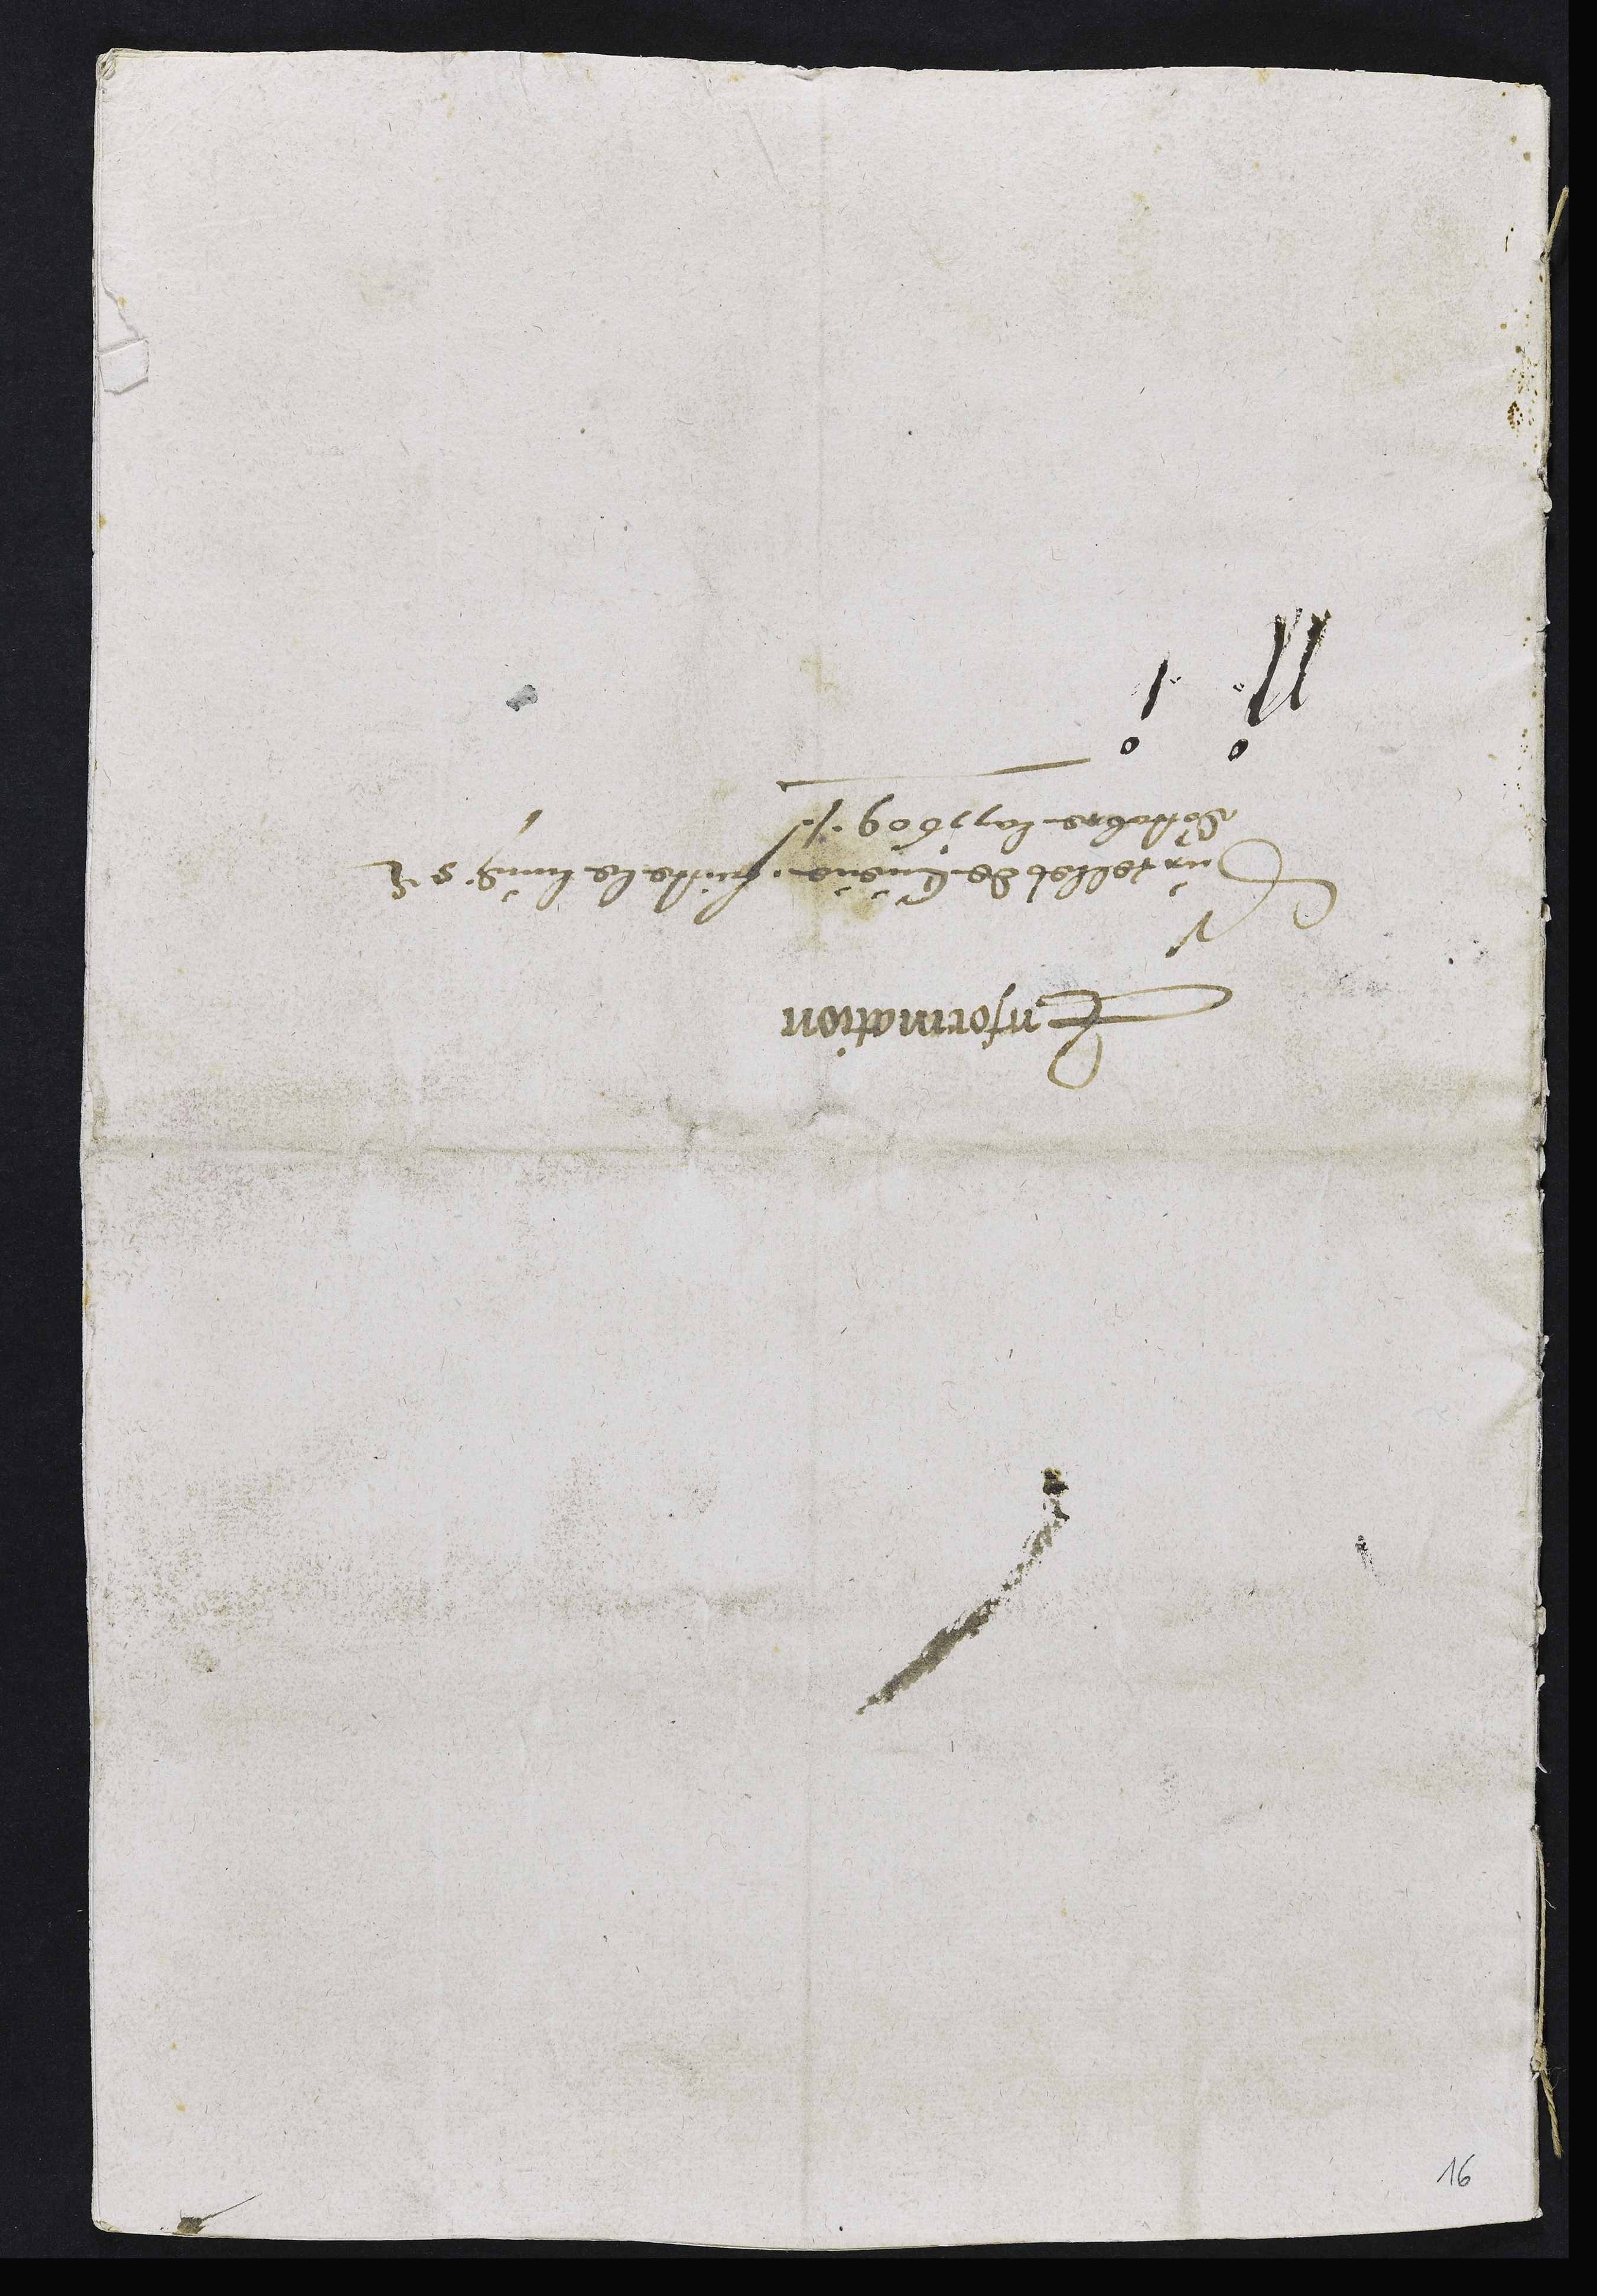
Information
Sur celles de Cueve faicte le lundi 5e
d'octobre lan 1609

16